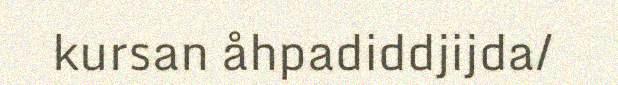
kursan åhpadiddjijda/